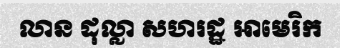
លាន ដុល្លា សហរដ្ឋ អាមេរិក